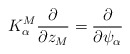
\begin{align*}K^M_\alpha \frac{\partial}{\partial z_M} = \frac{\partial}{\partial\psi_\alpha}\end{align*}